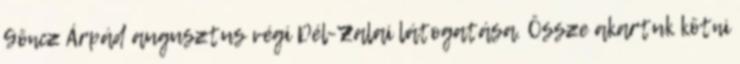
Göncz Árpád augusztus végi Dél-Zalai látogatása. Össze akartuk kötni